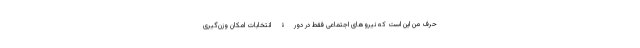
حرف من این است که نیروهای اجتماعی فقط در دورۀ انتخابات امکان وزن‌گیری